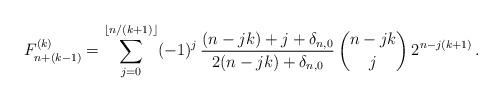
LaTeX: \begin{align*}F_{n+(k-1)}^{(k)}= \sum_{j=0}^{\lfloor n/(k+1)\rfloor} (-1)^j\,\frac{(n-jk)+j+\delta_{n,0}}{2(n-jk)+\delta_{n,0}}\, \binom{n-jk}{j} \, 2^{n-j(k+1)}\,.\end{align*}